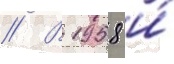
// В 1958 и́